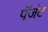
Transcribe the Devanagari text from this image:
पॅजंट